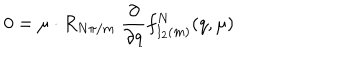
0 = \mu \cdot R _ { { N \pi } / m } \ { \frac { \partial } { \partial q } } f _ { I _ { 2 } ( m ) } ^ { N } ( q , \mu )